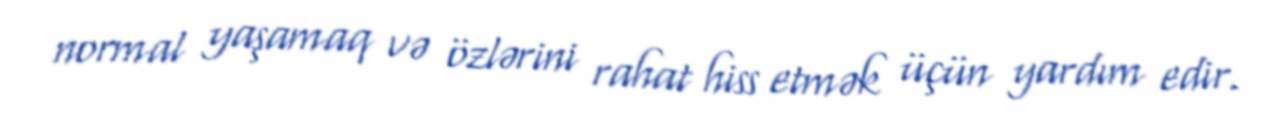
normal yaşamaq və özlərini rahat hiss etmək üçün yardım edir.